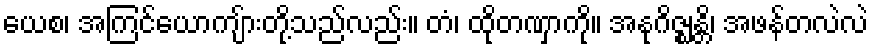
ယေစ၊ အကြင်ယောကျ်ားတို့သည်လည်း။ တံ၊ ထိုတဏှာကို။ အနုဂိဇ္ဈန္တိ၊ အဖန်တလဲလဲ